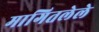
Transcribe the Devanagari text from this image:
मागितलेले